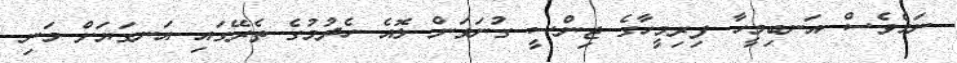
ނަމެވެސް އަނބިމީހާ ފިރިމީހާގެ ޖިންސީ ގުނަވަން ލޮއެ ހެދުމުގެ ތެރޭގައި އަނގަޔަށް މަނި